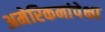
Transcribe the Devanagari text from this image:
अमेरिकनांपेक्षा